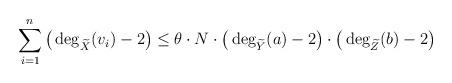
LaTeX: \begin{align*}\sum_{i=1}^{n} \big(\deg_{\widetilde{X}}(v_{i})-2\big) \leq\theta \cdot N \cdot \big(\deg_{\widetilde{Y}}(a) -2\big)\cdot\big(\deg_{\widetilde{Z}}(b) -2\big) \end{align*}